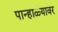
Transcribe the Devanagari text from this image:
पान्हाळ्यावर